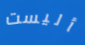
أليست